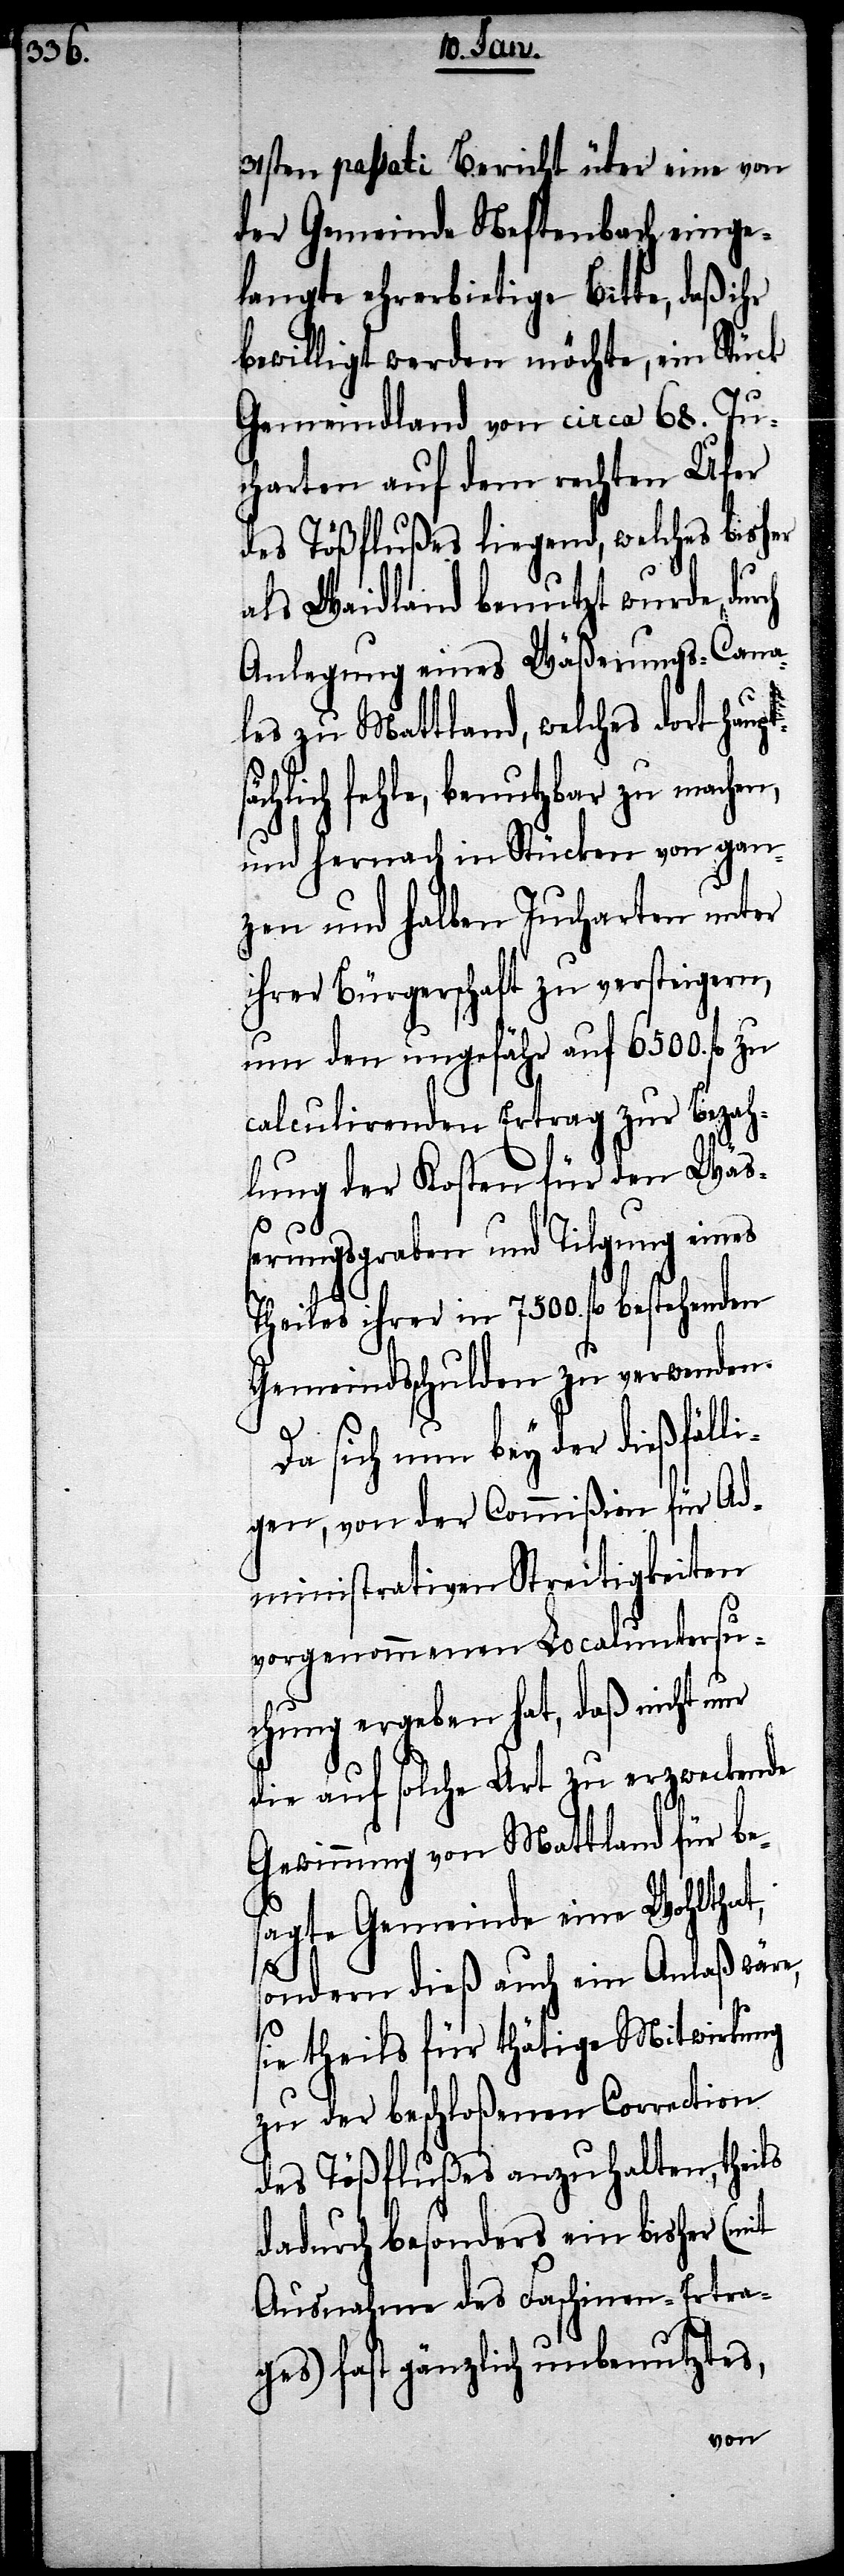
ts¬

31sten passati Bericht über eine von
der Gemeinde Neftenbach einge¬
langte ehrerbietige Bitte, daß ihr
bewilligt werden möchte, ein Stück
Gemeindland von circa 68. Ju¬
charten auf dem rechten Ufer
des Tößflußes liegend, welches bisher
als Waidland benutzt wurde, durch
Anlegung eines Wäßerungs-Cana¬
les zu Mattland, welches dort haup¬
ächlich fehle, benutzbar zu machen,
und hernach in Stücken von gan¬
zen und halben Jucharten unter
ihrer Bürgerschaft zu versteigern,
um den ungefähr auf 6500. fl. zu
calculirenden Ertrag zur Bezah¬
lung der Kosten für den Wäs¬
serungsgraben und Tilgung eines
Theiles ihrer in 7500. fl. bestehenden
Gemeindschulden zu verwenden.
Da sich nun bey der dießfäll¬
igen, von der Commißion für Ad¬
ministrative Streitigkeiten
vorgenommenen Localuntersu¬
chung ergeben hat, daß nicht nur
die auf solche Art zu erzweckende
Gewinnung von Mattland für be¬
sagte Gemeinde eine Wohlthat,
sondern dieß auch ein Anlaß wäre,
sie theils für thätige Mitwirkung
zu der beschloßenen Correction
des Tößflußes anzuhalten, theils
dadurch besonders ein bisher (mit
Ausnahme des Faschinen-Ertra¬
ges) fast gänzlich unbenutztes,